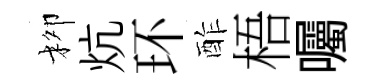
柳炕环酢梧囑